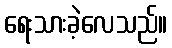
ရေးသားခဲ့လေသည်။